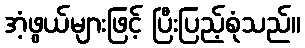
အံ့ဖွယ်များဖြင့် ပြီးပြည့်စုံသည်။